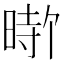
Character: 𪰰